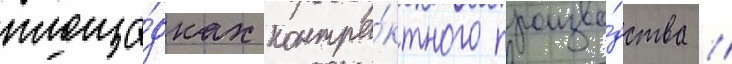
площа́дках контра́ктного произво́дства //